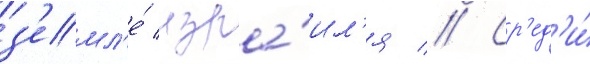
з'емл'е́ изра́ил'я // Ср'ед'и́